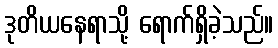
ဒုတိယနေရာသို့ ရောက်ရှိခဲ့သည်။